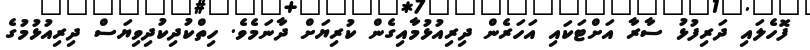
ފޮހެލައި ދަރިފުޅު ސާރާ އަށްޓަކައި އަހަރެން ދިރިއުޅުމާއިގެން ކުރިޔަށް ދާނަމެވެ. ހިތްކުދިކުދިވިޔަސް ދިރިއުޅުމުގެ